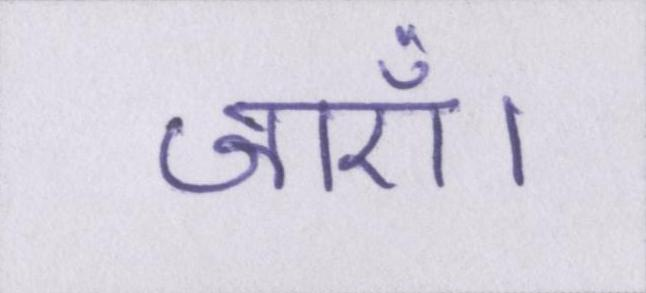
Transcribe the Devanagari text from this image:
जाएँ।